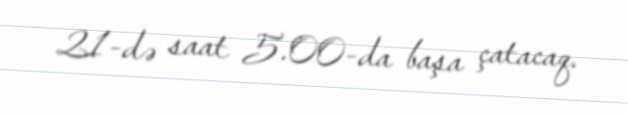
21-də saat 5.00-da başa çatacaq.